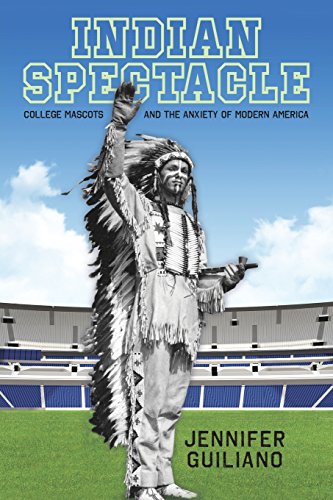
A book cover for Indian Spectacle: College Mascots and the Anxiety of Modern America (Critical Issues in Sport and Society); Jennifer Guiliano; Sports & Outdoors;